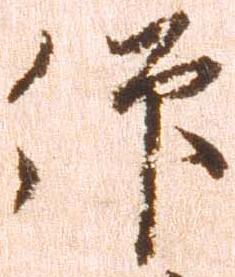
仰